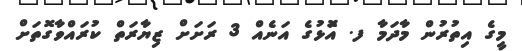
މީގެ އިތުރުން މާދަމާ ފ. އަޮޅުގެ އަނެއް 3 ރަށަށް ޒިޔާރަތް ކުރައްވާގޮތަށް